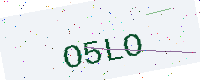
Text: O5LO